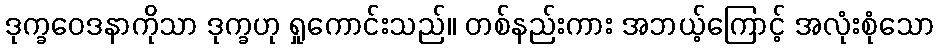
ဒုက္ခဝေဒနာကိုသာ ဒုက္ခဟု ရှုကောင်းသည်။ တစ်နည်းကား အဘယ့်ကြောင့် အလုံးစုံသော